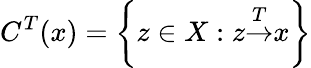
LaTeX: C^{T}{(x)}=\left\{ z\in X:z{\overset{T}{\rightarrow}}x\right\}